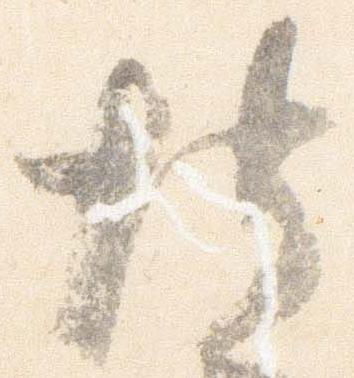
博